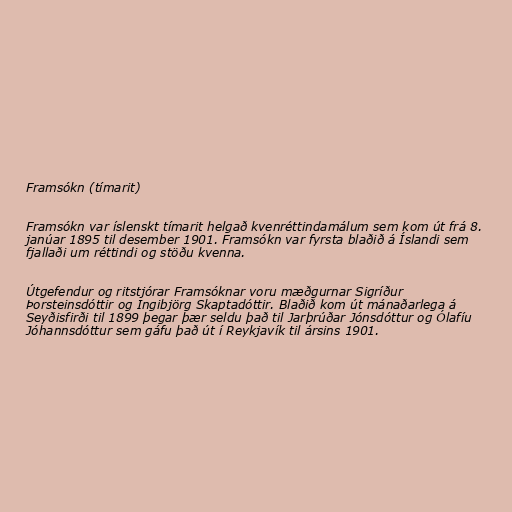
Framsókn (tímarit)

Framsókn var íslenskt tímarit helgað kvenréttindamálum sem kom út frá 8.
janúar 1895 til desember 1901. Framsókn var fyrsta blaðið á Íslandi sem
fjallaði um réttindi og stöðu kvenna.

Útgefendur og ritstjórar Framsóknar voru mæðgurnar Sigríður
Þorsteinsdóttir og Ingibjörg Skaptadóttir. Blaðið kom út mánaðarlega á
Seyðisfirði til 1899 þegar þær seldu það til Jarþrúðar Jónsdóttur og Ólafíu
Jóhannsdóttur sem gáfu það út í Reykjavík til ársins 1901.